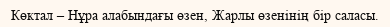
Көктал – Нұра алабындағы өзен, Жарлы өзенінің бір саласы.